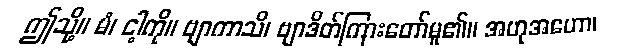
ဤသို့။ မံ၊ ငါ့ကို။ ဗျာကာသိ၊ ဗျာဒိတ်ကြားတော်မူ၏။ အဟုအဟော၊